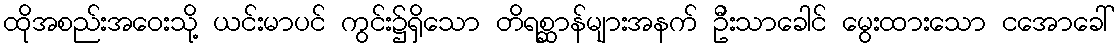
ထိုအစည်းအဝေးသို့ ယင်းမာပင် ကွင်း၌ရှိသော တိရစ္ဆာန်များအနက် ဦးသာခေါင် မွေးထားသော ငအောခေါ်